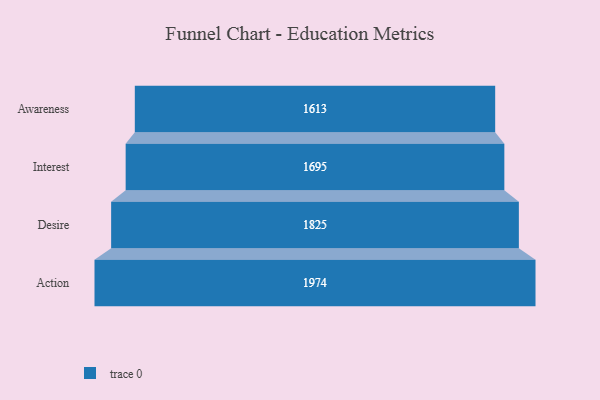
{"axis": {"x": "Stage", "y": "Value"}, "legend": [""], "data": [{"x": "Awareness", "y": 1613.0, "type": ""}, {"x": "Interest", "y": 1695.0, "type": ""}, {"x": "Desire", "y": 1825.0, "type": ""}, {"x": "Action", "y": 1974.0, "type": ""}]}